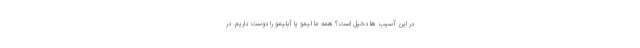
در این آسیب ها دخیل است؟ همه ما لیمو یا آبلیمو را دوست داریم. در